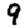
Digit: 9